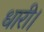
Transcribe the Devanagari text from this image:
धारी।